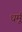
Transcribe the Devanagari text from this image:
धर्मू